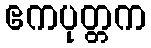
ဧကပုတ္တက